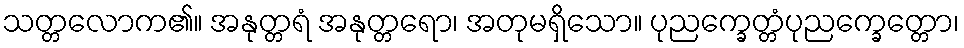
သတ္တလောက၏။ အနုတ္တရံ အနုတ္တရော၊ အတုမရှိသော။ ပုညက္ခေတ္တံပုညက္ခေတ္တော၊